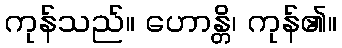
ကုန်သည်။ ဟောန္တိ၊ ကုန်၏။